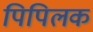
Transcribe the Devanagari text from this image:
पिपिलक